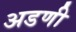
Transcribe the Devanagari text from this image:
अडणी